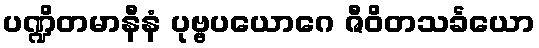
ပဏ္ဍိတမာနီနံ ပုဗ္ဗပယောဂေ ဇီဝိတသင်္ခယော